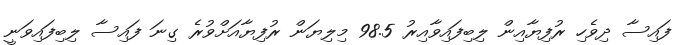
ފައިސާ ދިވެހި ރުފިޔާއިން ލިބިފައިވާއިރު 98.5 މިލިޔަން ރުފިޔާއަށްވުރެ ގިނަ ފައިސާ ލިބިފައިވަނީ